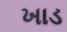
ખાડ